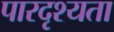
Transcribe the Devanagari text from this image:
पारदृश्यता